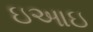
ઇઆઇ